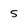
Character: 5